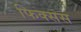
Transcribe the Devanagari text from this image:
फिक्सस